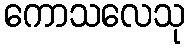
ကောသလေသု